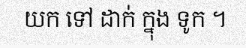
យក ទៅ ដាក់ ក្នុង ទូក ។